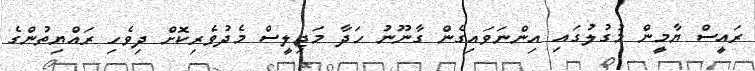
ރައީސް ޔާމީން މުގުލުގައި އިންނަވައިގެން ގާނޫނު ހަދާ މަޖިލީސް މެދުވެރިކޮށް ދިވެހި ރައްޔިތުންގެ